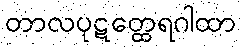
တာလပုဋတ္ထေရဂါထာ